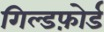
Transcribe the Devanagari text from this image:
गिल्डफ़ोर्ड